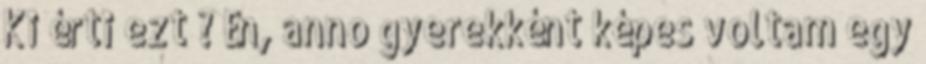
Ki érti ezt ? Én, anno gyerekként képes voltam egy